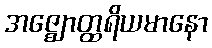
အဇ္ဈောတ္ထရိယမာနော